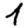
Digit: 1